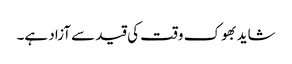
شاید بھوک وقت کی قید سے آزاد ہے۔